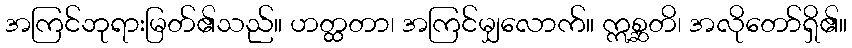
အကြင်ဘုရားမြတ်၏သည်။ ဟတ္ထတာ၊ အကြင်မျှလောက်။ ဣစ္ဆတိ၊ အလိုတော်ရှိ၏။